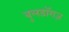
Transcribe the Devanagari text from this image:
बुलडॉगज़